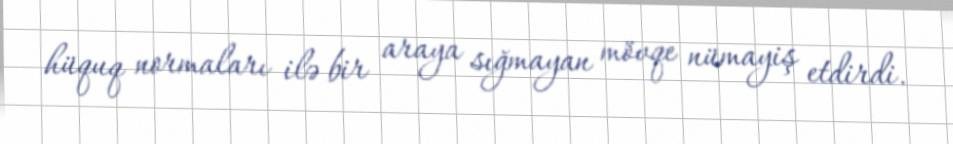
hüquq normaları ilə bir araya sığmayan mövqe nümayiş etdirdi.